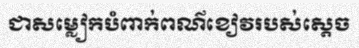
ជាសម្លៀកបំពាក់ពណ៌ខៀវរបស់ស្តេច